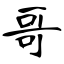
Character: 哥